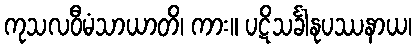
ကုသလဝီမံသာယာတိ၊ ကား။ ပဋိသင်္ခါနုပဿနာယ၊